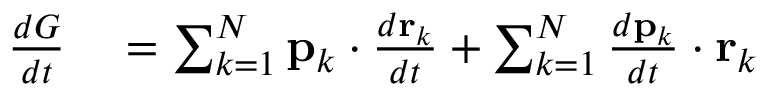
\begin{array} { r l } { { \frac { d G } { d t } } } & { { } = \sum _ { k = 1 } ^ { N } \mathbf { p } _ { k } \cdot { \frac { d \mathbf { r } _ { k } } { d t } } + \sum _ { k = 1 } ^ { N } { \frac { d \mathbf { p } _ { k } } { d t } } \cdot \mathbf { r } _ { k } } \end{array}